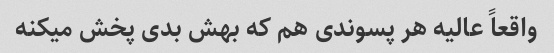
واقعاً عالیه هر پسوندی هم که بهش بدی پخش میکنه